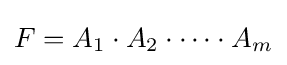
F=A_{1}\cdot A_{2}\cdot \dots \cdot A_{m}